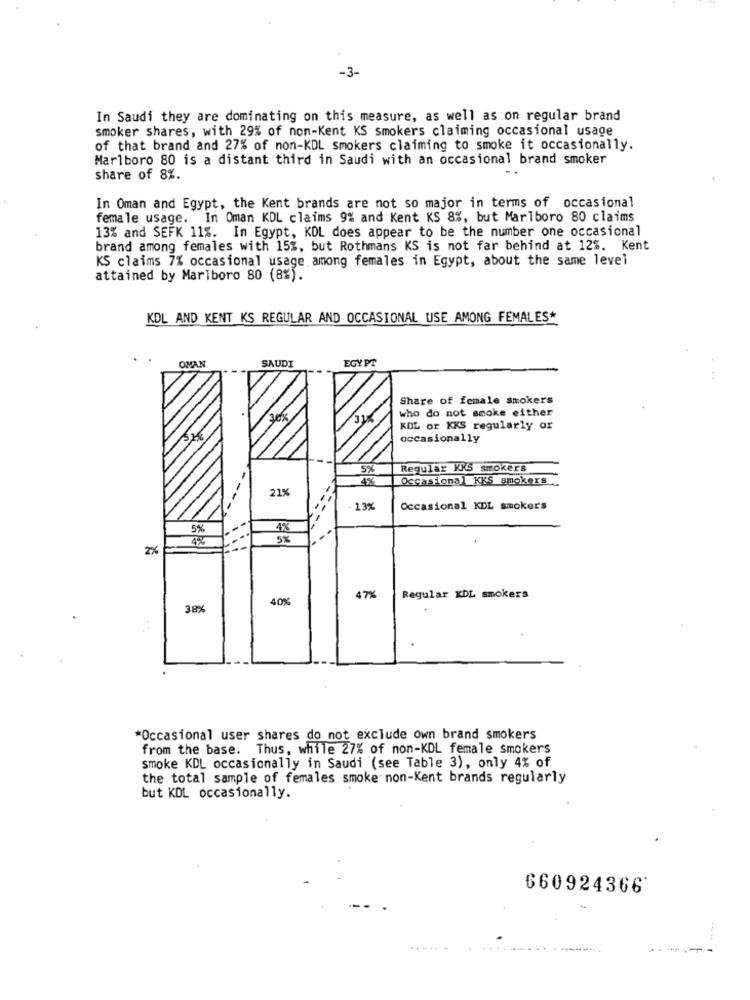
-3-
In Saudi they are dominating on this measure, as well as on regular brand
smoker shares, with 29% of non-Kent KS smokers claiming occasional usage
of that brand and 27% of non-KDL smokers claiming to smoke it occasionally.
Marlboro 80 is a distant third in Saudi with an occasional brand smoker
share of 8%.
In Oman and Egypt, the Kent brands are not so major in terms of occasional
female usage. In Oman KDL claims 9% and Kent KS 8%, but Marlboro 80 claims
13% and SEFK 11%. In Egypt, KOL does appear to be the number one occasional
brand among females with 15%, but Rothmans KS is not far behind at 12%. Kent
KS claims 7% occasional usage. among females in Egypt, about the same level
attained by Marlboro 80 (8%).
KDL AND KENT KS REGULAR AND OCCASIONAL USE AMONG FEMALES*
OMAN
SAUDI
EGYPT
Share of female smokers
who do not smoke either
KDL or KKS regularly or
occasionally
5%
Regular KKS smokers
4%
Occasional KKS smokers ..
21%
13%
Occasional KDL smoker's
4%
5%
2%
40%
47%
Regular KDL smokers
38%
*Occasional user shares do not exclude own brand smokers
from the base. Thus, while 27% of non-KDL female smokers
smoke KDL occasionally in Saudi (see Table 3), only 4% of
the total sample of females smoke non-Kent brands regularly
but KDL occasionally.
660924366